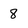
Character: 8